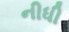
નીધી